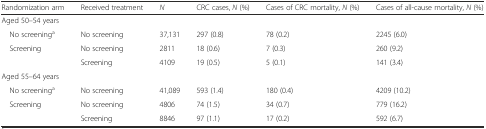
<table><thead><tr><td><b>Randomization arm</b></td><td><b>Received treatment</b></td><td><b><i>N</i></b></td><td><b>CRC cases, <i>N</i> (%)</b></td><td><b>Cases of CRC mortality, <i>N</i> (%)</b></td><td><b>Cases of all-cause mortality, <i>N</i> (%)</b></td></tr></thead><tbody><tr><td colspan="6">Aged 50–54 years</td></tr><tr><td> No screening<sup>a</sup></td><td>No screening</td><td>37,131</td><td>297 (0.8)</td><td>78 (0.2)</td><td>2245 (6.0)</td></tr><tr><td> Screening</td><td>No screening</td><td>2811</td><td>18 (0.6)</td><td>7 (0.3)</td><td>260 (9.2)</td></tr><tr><td></td><td>Screening</td><td>4109</td><td>19 (0.5)</td><td>5 (0.1)</td><td>141 (3.4)</td></tr><tr><td colspan="6">Aged 55–64 years</td></tr><tr><td> No screening<sup>a</sup></td><td>No screening</td><td>41,089</td><td>593 (1.4)</td><td>180 (0.4)</td><td>4209 (10.2)</td></tr><tr><td> Screening</td><td>No screening</td><td>4806</td><td>74 (1.5)</td><td>34 (0.7)</td><td>779 (16.2)</td></tr><tr><td></td><td>Screening</td><td>8846</td><td>97 (1.1)</td><td>17 (0.2)</td><td>592 (6.7)</td></tr></tbody></table>